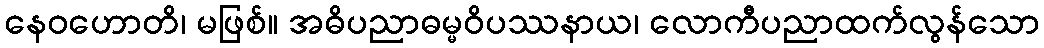
နေဝဟောတိ၊ မဖြစ်။ အဓိပညာဓမ္မဝိပဿနာယ၊ လောကီပညာထက်လွန်သော